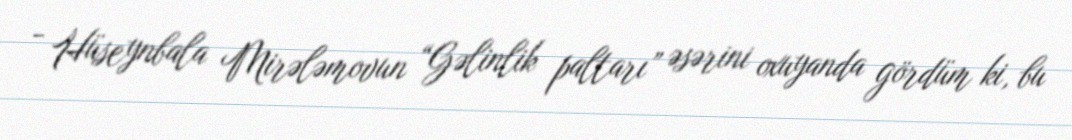
- Hüseynbala Mirələmovun “Gəlinlik paltarı” əsərini oxuyanda gördüm ki, bu